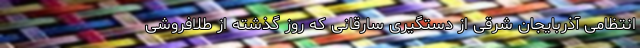
انتظامی آذربایجان شرقی از دستگیری سارقانی که روز گذشته از طلافروشی